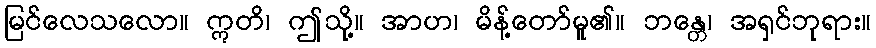
မြင်လေသလော။ ဣတိ၊ ဤသို့။ အာဟ၊ မိန့်တော်မူ၏။ ဘန္တေ၊ အရှင်ဘုရား။